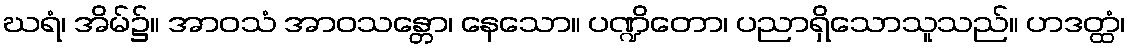
ဃရံ၊ အိမ်၌။ အာဝသံ အာဝသန္တော၊ နေသော။ ပဏ္ဍိတော၊ ပညာရှိသောသူသည်။ ဟဒတ္ထံ၊